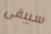
سيبقى